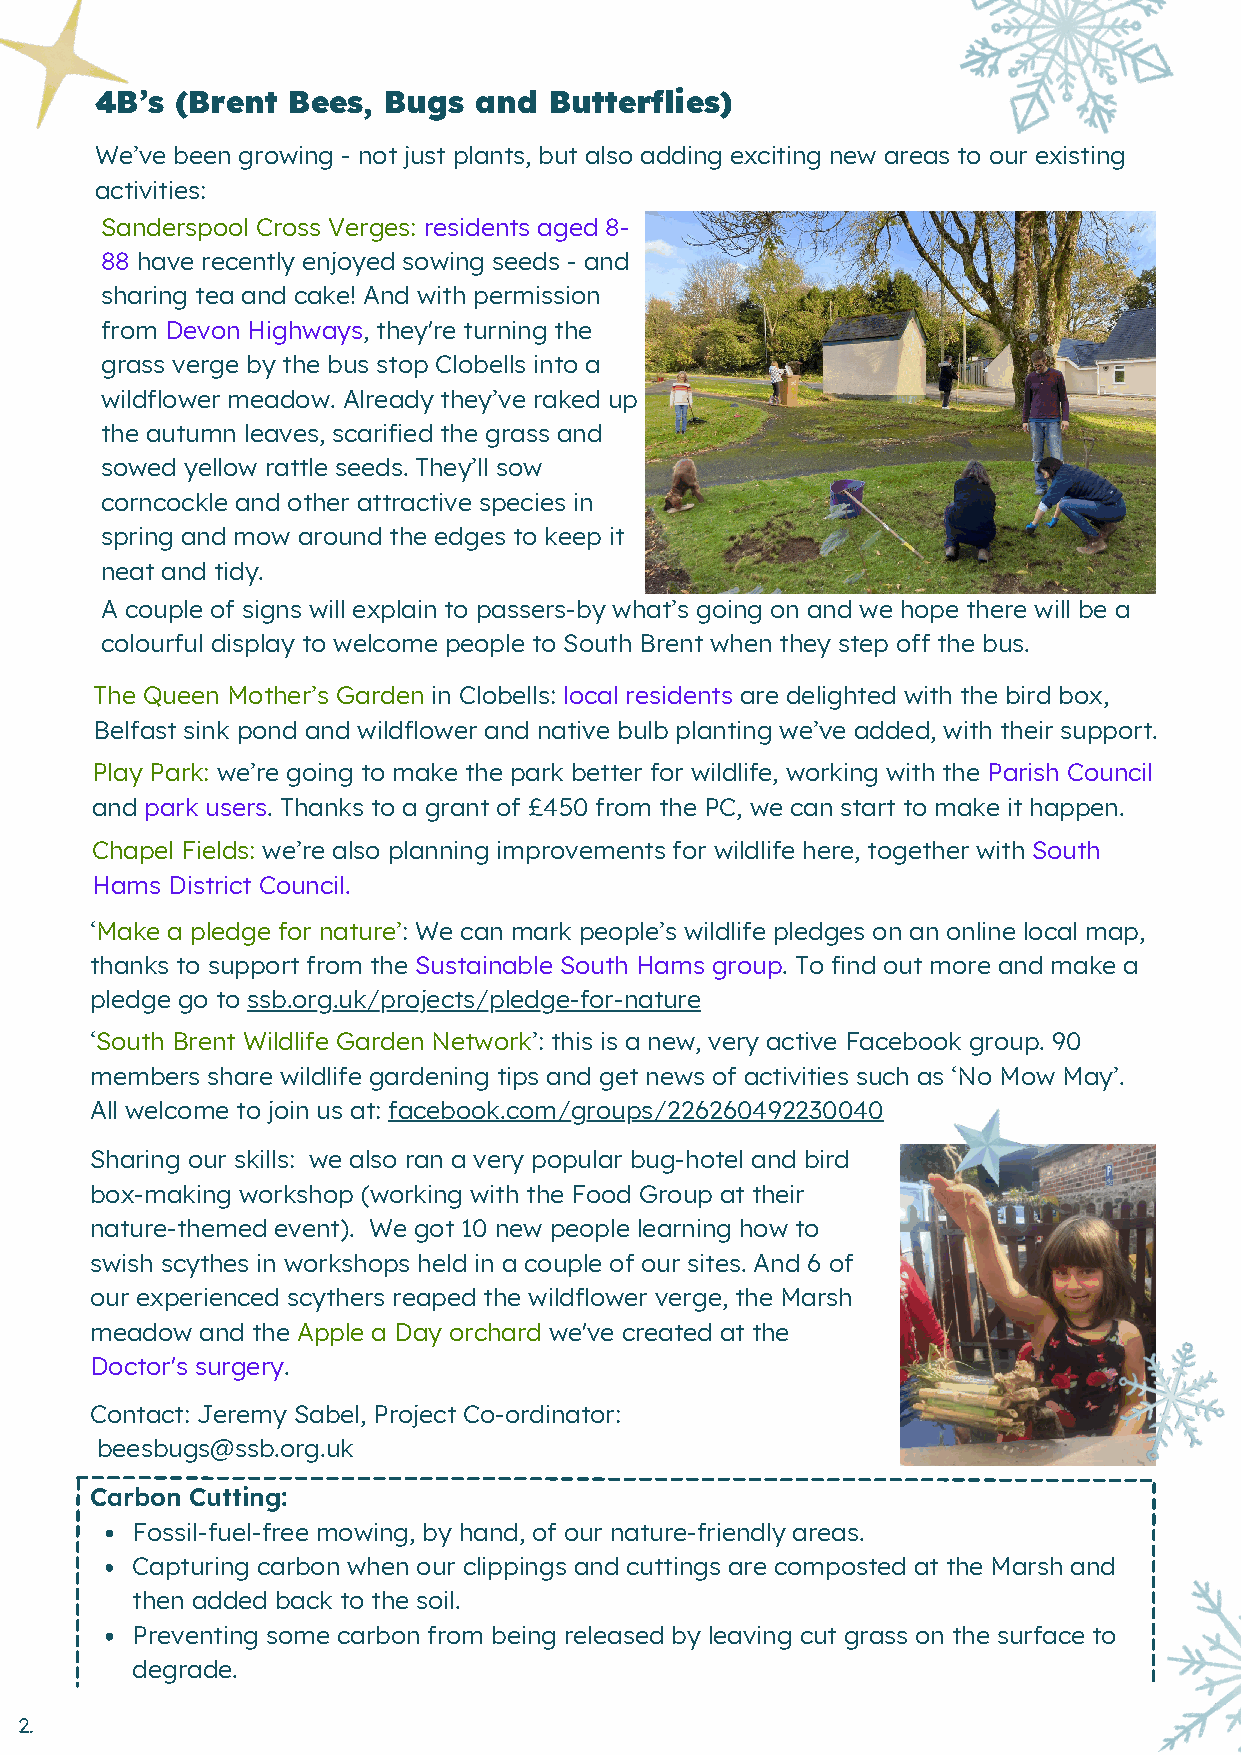
4B’s  (Brent Bees, Bugs  and  Butterflies)
 We’ve been growing - not just plants, but also adding exciting new areas to our existing
 activities:
 Sanderspool Cross Verges: residents aged 8-
 88 have recently enjoyed sowing seeds - and
 sharing tea and cake! And with permission
 from Devon Highways, they're turning the
 grass verge by the bus stop Clobells into a
 wildflower meadow. Already they’ve raked up
 the autumn leaves, scarified the grass and
 sowed yellow rattle seeds. They’ll sow
 corncockle and other attractive species in
 spring and mow around the edges to keep it
 neat and tidy.
 A couple of signs will explain to passers-by what’s going on and we hope there will be a
 colourful display to welcome people to South Brent when they step off the bus.
 The Queen Mother’s Garden in Clobells: local residents are delighted with the bird box,
 Belfast sink pond and wildflower and native bulb planting we’ve added, with their support.
 Play Park: we’re going to make the park better for wildlife, working with the Parish Council
 and park users. Thanks to a grant of £450 from the PC, we can start to make it happen.
 Chapel Fields: we’re also planning improvements for wildlife here, together with South
 Hams District Council.
 ‘Make a pledge for nature’: We can mark people’s wildlife pledges on an online local map,
 thanks to support from the Sustainable South Hams group. To find out more and make a
 pledge go to ssb.org.uk/projects/pledge-for-nature
 ‘South Brent Wildlife Garden Network’: this is a new, very active Facebook group. 90
 members share wildlife gardening tips and get news of activities such as ‘No Mow May’.
 All welcome to join us at: facebook.com/groups/226260492230040
 Sharing our skills: we also ran a very popular bug-hotel and bird
 box-making workshop (working with the Food Group at their
 nature-themed event). We got 10 new people learning how to
 swish scythes in workshops held in a couple of our sites. And 6 of
 our experienced scythers reaped the wildflower verge, the Marsh
 meadow and the Apple a Day orchard we've created at the
 Doctor's surgery.
 Contact: Jeremy Sabel, Project Co-ordinator:
 beesbugs@ssb.org.uk
 Carbon Cutting:
 Fossil-fuel-free mowing, by hand, of our nature-friendly areas.
 Capturing carbon when our clippings and cuttings are composted at the Marsh and
 then added back to the soil.
 Preventing some carbon from being released by leaving cut grass on the surface to
 degrade.
 2.